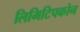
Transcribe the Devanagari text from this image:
लिमिटिपकोन